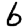
Digit: 6